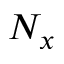
N _ { x }